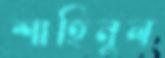
শাহিনুল